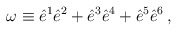
\begin{align*}\omega \equiv \hat{e}^1 \hat{e}^2+ \hat{e}^3 \hat{e}^4+\hat{e}^5\hat{e}^6\,,\end{align*}